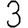
Digit: 3